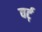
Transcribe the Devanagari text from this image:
वर्ट्